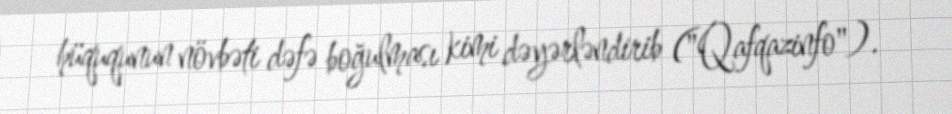
hüququnun növbəti dəfə boğulması kimi dəyərləndirib ("Qafqazinfo").